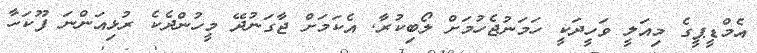
އެމްޑީޕީގެ މިއަލީ ވަހީދަކީ ހަމަނުޖެހުމަށް ލޯބިކުރާ